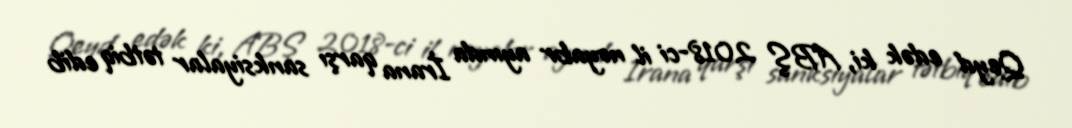
Qeyd edək ki, ABŞ 2018-ci il noyabr ayında İrana qarşı sanksiyalar tətbiq edib